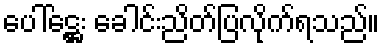
ပေါ်ဋ္ဌေး ခေါင်းညိတ်ပြလိုက်ရသည်။